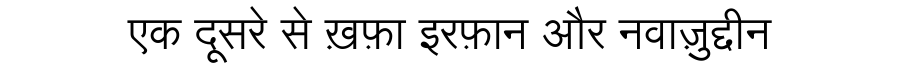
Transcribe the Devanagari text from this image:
एक दूसरे से ख़फ़ा इरफ़ान और नवाज़ुद्दीन